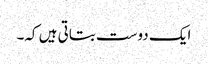
ایک دوست بتاتی ہیں کہ۔